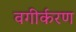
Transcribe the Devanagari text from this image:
वगीर्करण